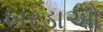
ખરડાઓ